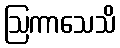
ဩကာသေသိ